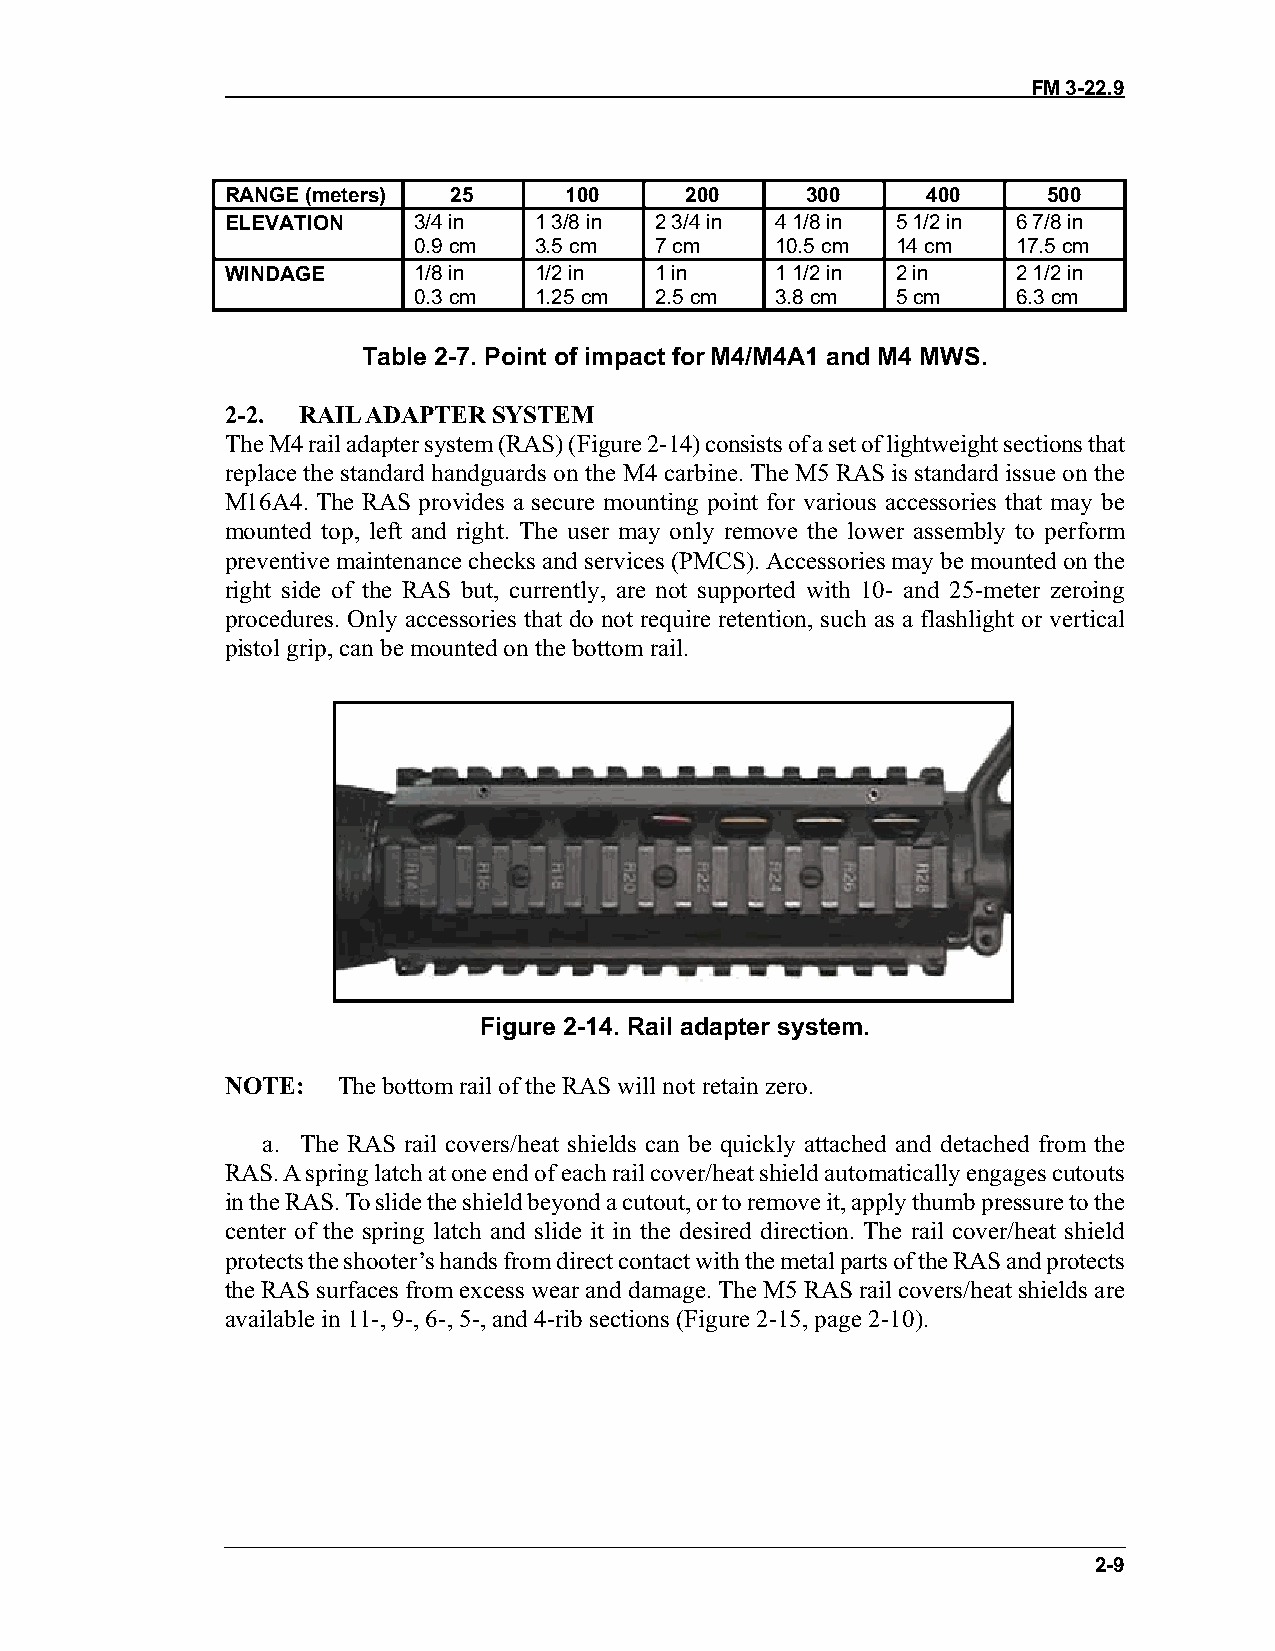
FM 3-22.9
 RANGE (meters) 25     100     200     300     400     500
 ELEVATION   3/4 in  1 3/8 in 2 3/4 in 4 1/8 in 5 1/2 in 6 7/8 in
 0.9 cm  3.5 cm  7 cm    10.5 cm 14 cm   17.5 cm
 WINDAGE     1/8 in  1/2 in  1 in    1 1/2 in 2 in   2 1/2 in
 0.3 cm  1.25 cm 2.5 cm  3.8 cm  5 cm    6.3 cm
 Table 2-7. Point of impact for M4/M4A1 and M4 MWS.
 2-2. RAIL ADAPTER SYSTEM
 The M4 rail adapter system (RAS) (Figure 2-14) consists of a set of lightweight sections that
 replace the standard handguards on the M4 carbine. The M5 RAS is standard issue on the
 M16A4. The RAS provides a secure mounting point for various accessories that may be
 mounted top, left and right. The user may only remove the lower assembly to perform
 preventive maintenance checks and services (PMCS). Accessories may be mounted on the
 right side of the RAS but, currently, are not supported with 10- and 25-meter zeroing
 procedures. Only accessories that do not require retention, such as a flashlight or vertical
 pistol grip, can be mounted on the bottom rail.
 Figure 2-14. Rail adapter system.
 NOTE:  The bottom rail of the RAS will not retain zero.
 a. The RAS rail covers/heat shields can be quickly attached and detached from the
 RAS. A spring latch at one end of each rail cover/heat shield automatically engages cutouts
 in the RAS. To slide the shield beyond a cutout, or to remove it, apply thumb pressure to the
 center of the spring latch and slide it in the desired direction. The rail cover/heat shield
 protects the shooter’s hands from direct contact with the metal parts of the RAS and protects
 the RAS surfaces from excess wear and damage. The M5 RAS rail covers/heat shields are
 available in 11-, 9-, 6-, 5-, and 4-rib sections (Figure 2-15, page 2-10).
 2-9